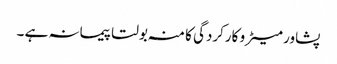
پشاور میٹرو کارکردگی کا منہ بولتا پیمانہ ہے ۔